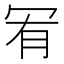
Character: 𠖅